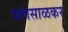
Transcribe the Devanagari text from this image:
फणसाळकर